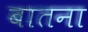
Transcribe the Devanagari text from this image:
बातना